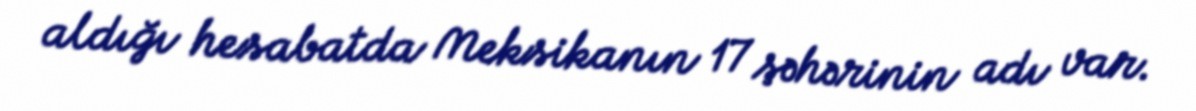
aldığı hesabatda Meksikanın 17 şəhərinin adı var.